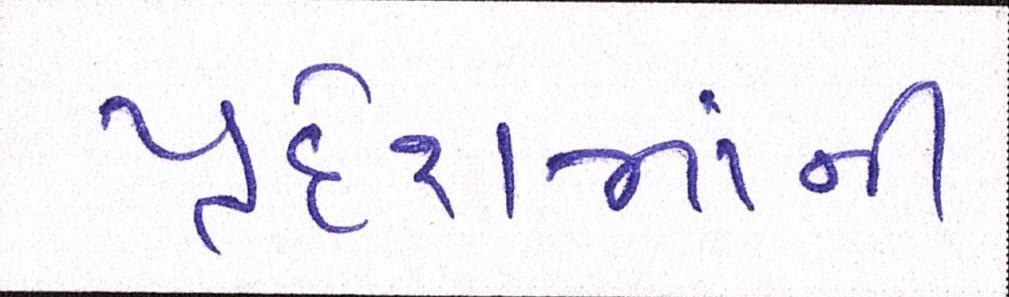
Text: પ્રદેશમાંની